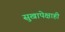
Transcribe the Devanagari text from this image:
सुखापेक्षाही